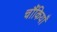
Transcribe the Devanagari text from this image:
चौंकियाँ